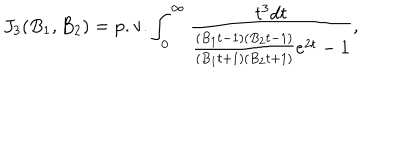
J _ { 3 } ( B _ { 1 } , B _ { 2 } ) = \mathrm { p . v . } \int _ { 0 } ^ { \infty } \frac { t ^ { 3 } d t } { \frac { ( B _ { 1 } t - 1 ) ( B _ { 2 } t - 1 ) } { ( B _ { 1 } t + 1 ) ( B _ { 2 } t + 1 ) } e ^ { 2 t } - 1 } ,